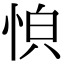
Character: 𫺏